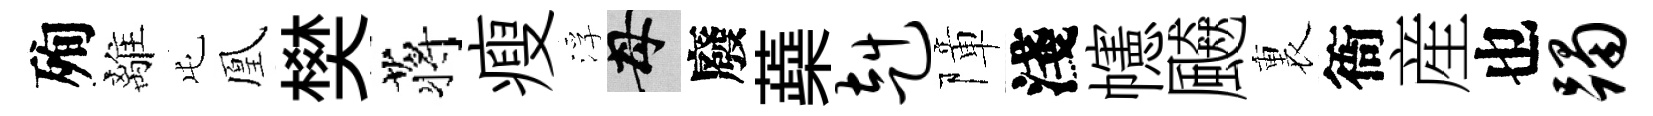
殉離屯凰樊蒋瘦浮母廢蘃赳障淺幰飇裏衙産也躅